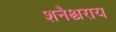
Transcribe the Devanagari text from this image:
शनैश्चराय